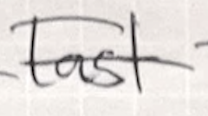
Text: last
Cross-out: mix
Writing tool: ballpoint